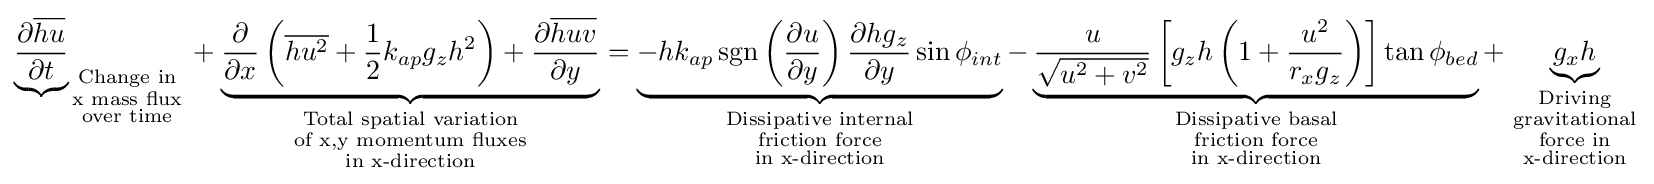
{\underbrace {\partial {\overline {hu}} \over \partial t} }_{\begin{smallmatrix}{\text{Change in}}\\{\text{x mass flux}}\\{\text{over time}}\end{smallmatrix}}+\underbrace {{\partial  \over \partial x}\left({\overline {hu^{2}}}+{1 \over 2}{k_{ap}g_{z}h^{2}}\right)+{\partial {\overline {huv}} \over \partial y}} _{\begin{smallmatrix}{\text{Total spatial variation}}\\{\text{of x,y momentum fluxes}}\\{\text{in x-direction}}\end{smallmatrix}}=\underbrace {-hk_{ap}\operatorname {sgn} \left({\partial u \over \partial y}\right){\partial hg_{z} \over \partial y}\sin \phi _{int}} _{\begin{smallmatrix}{\text{Dissipative internal}}\\{\text{friction force}}\\{\text{in x-direction}}\end{smallmatrix}}-\underbrace {{u \over {\sqrt {u^{2}+v^{2}}}}\left[g_{z}h\left(1+{u^{2} \over r_{x}g_{z}}\right)\right]\tan \phi _{bed}} _{\begin{smallmatrix}{\text{Dissipative basal}}\\{\text{friction force}}\\{\text{in x-direction}}\end{smallmatrix}}+\underbrace {g_{x}h} _{\begin{smallmatrix}{\text{Driving}}\\{\text{gravitational}}\\{\text{force in}}\\{\text{x-direction}}\end{smallmatrix}}